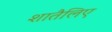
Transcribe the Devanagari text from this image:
शातैलिए